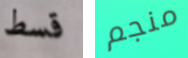
قسط منجم